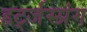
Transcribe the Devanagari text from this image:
हर्ट्जस्प्रंग